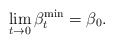
\begin{align*}\lim_{t \rightarrow 0} \beta^{\min} _t= \beta_0. \end{align*}